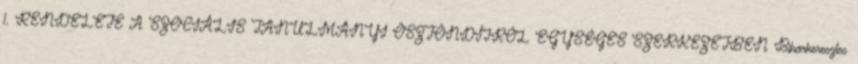
1. RENDELETE A SZOCIÁLIS TANULMÁNYI ÖSZTÖNDÍJRÓL EGYSÉGES SZERKEZETBEN Biharkeresztes